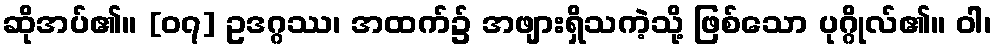
ဆိုအပ်၏။ [၀၇] ဥဒဂ္ဂဿ၊ အထက်၌ အဖျားရှိသကဲ့သို့ ဖြစ်သော ပုဂ္ဂိုလ်၏။ ဝါ၊